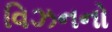
વિઝનનો